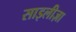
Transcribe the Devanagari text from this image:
साइलीज़ा